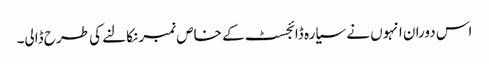
اس دوران انہوں نے سیارہ ڈائجسٹ کے خاص نمبر نکالنے کی طرح ڈالی۔